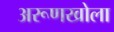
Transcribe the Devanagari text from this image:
अरूणखोला